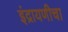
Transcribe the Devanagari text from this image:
इंद्रायणीचा